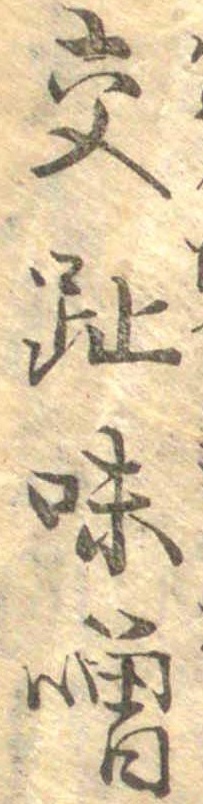
交趾味噌